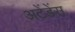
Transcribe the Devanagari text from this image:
अटेंडेंस